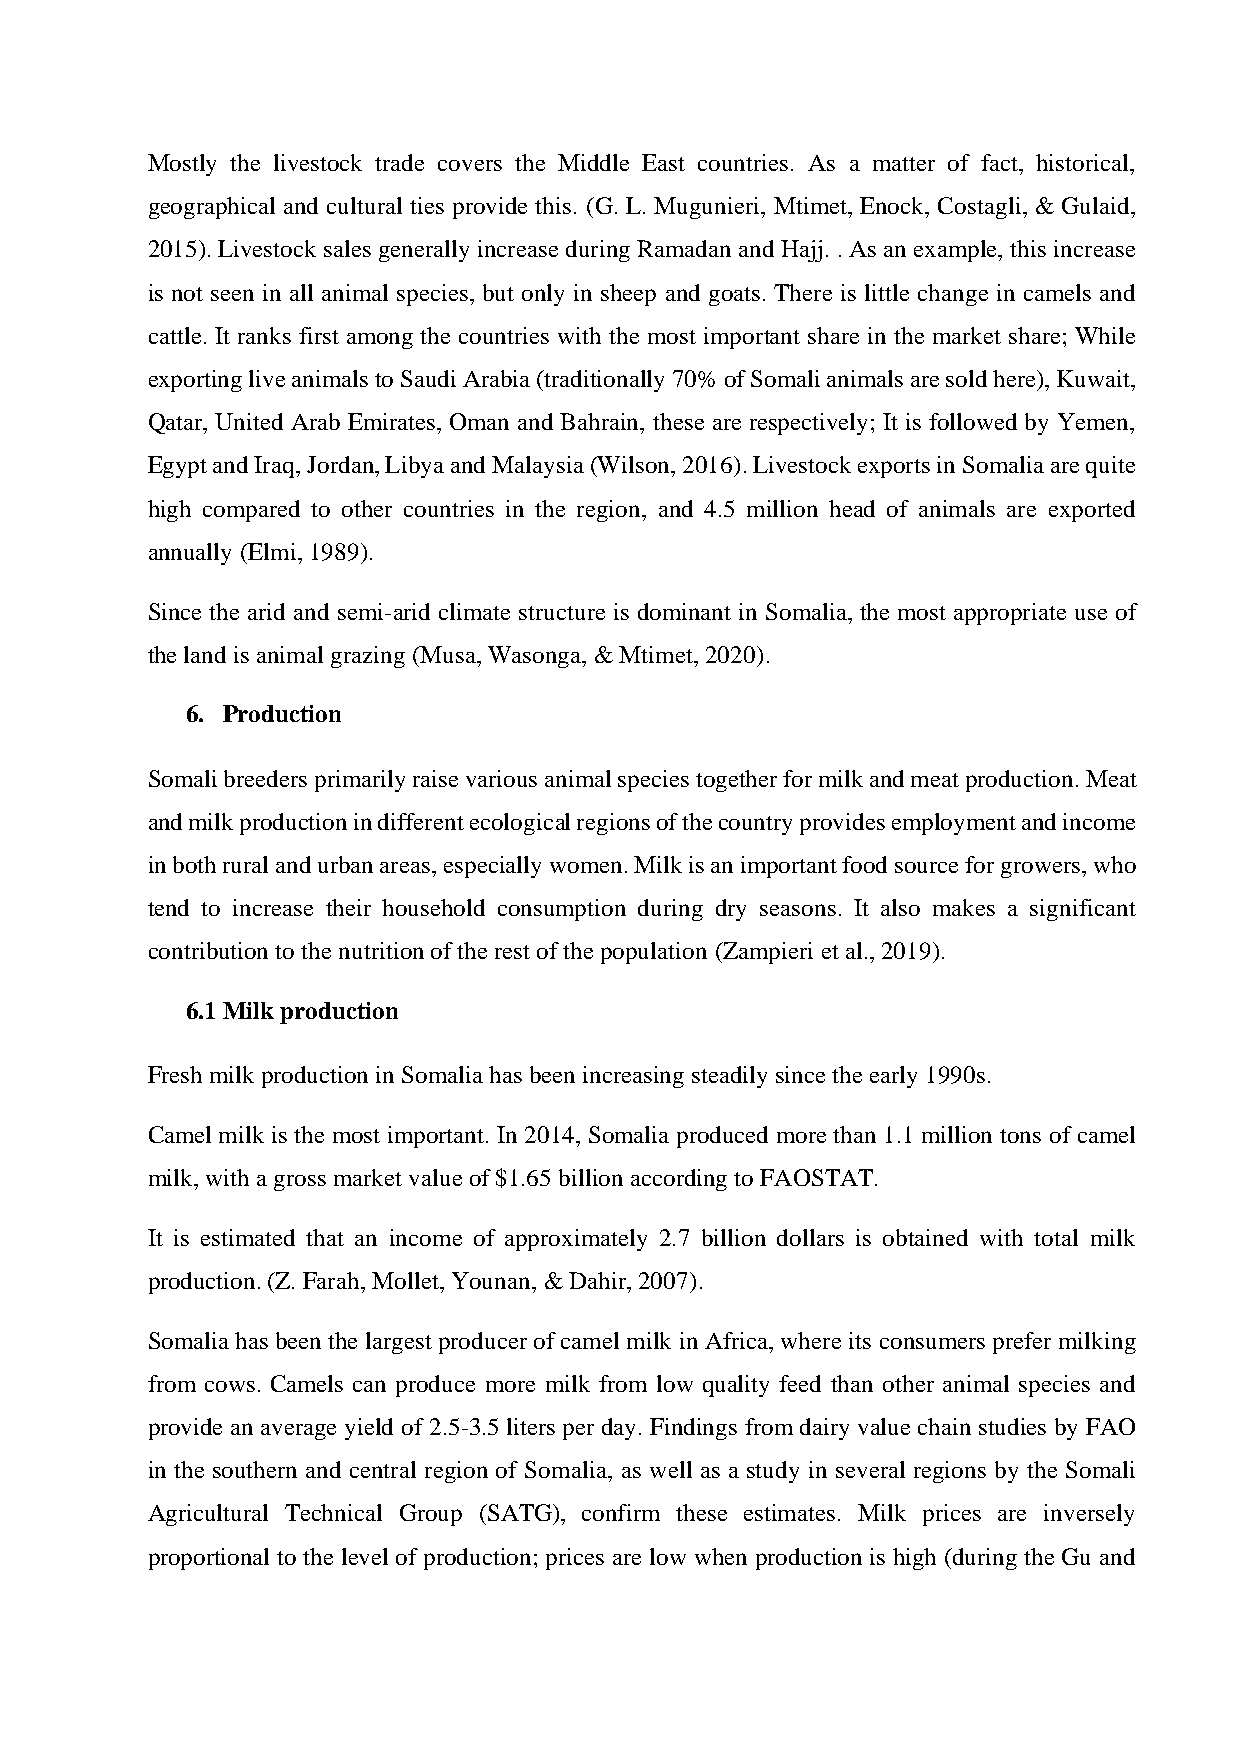
Mostly the livestock trade covers the Middle East countries. As a matter of fact, historical,
 geographical and cultural ties provide this. (G. L. Mugunieri, Mtimet, Enock, Costagli, & Gulaid,
 2015). Livestock sales generally increase during Ramadan and Hajj. . As an example, this increase
 is not seen in all animal species, but only in sheep and goats. There is little change in camels and
 cattle. It ranks first among the countries with the most important share in the market share; While
 exporting live animals to Saudi Arabia (traditionally 70% of Somali animals are sold here), Kuwait,
 Qatar, United Arab Emirates, Oman and Bahrain, these are respectively; It is followed by Yemen,
 Egypt and Iraq, Jordan, Libya and Malaysia (Wilson, 2016). Livestock exports in Somalia are quite
 high compared to other countries in the region, and 4.5 million head of animals are exported
 annually (Elmi, 1989).
 Since the arid and semi-arid climate structure is dominant in Somalia, the most appropriate use of
 the land is animal grazing (Musa, Wasonga, & Mtimet, 2020).
 6. Production
 Somali breeders primarily raise various animal species together for milk and meat production. Meat
 and milk production in different ecological regions of the country provides employment and income
 in both rural and urban areas, especially women. Milk is an important food source for growers, who
 tend to increase their household consumption during dry seasons. It also makes a significant
 contribution to the nutrition of the rest of the population (Zampieri et al., 2019).
 6.1 Milk production
 Fresh milk production in Somalia has been increasing steadily since the early 1990s.
 Camel milk is the most important. In 2014, Somalia produced more than 1.1 million tons of camel
 milk, with a gross market value of $1.65 billion according to FAOSTAT.
 It is estimated that an income of approximately 2.7 billion dollars is obtained with total milk
 production. (Z. Farah, Mollet, Younan, & Dahir, 2007).
 Somalia has been the largest producer of camel milk in Africa, where its consumers prefer milking
 from cows. Camels can produce more milk from low quality feed than other animal species and
 provide an average yield of 2.5-3.5 liters per day. Findings from dairy value chain studies by FAO
 in the southern and central region of Somalia, as well as a study in several regions by the Somali
 Agricultural Technical Group (SATG), confirm these estimates. Milk prices are inversely
 proportional to the level of production; prices are low when production is high (during the Gu and